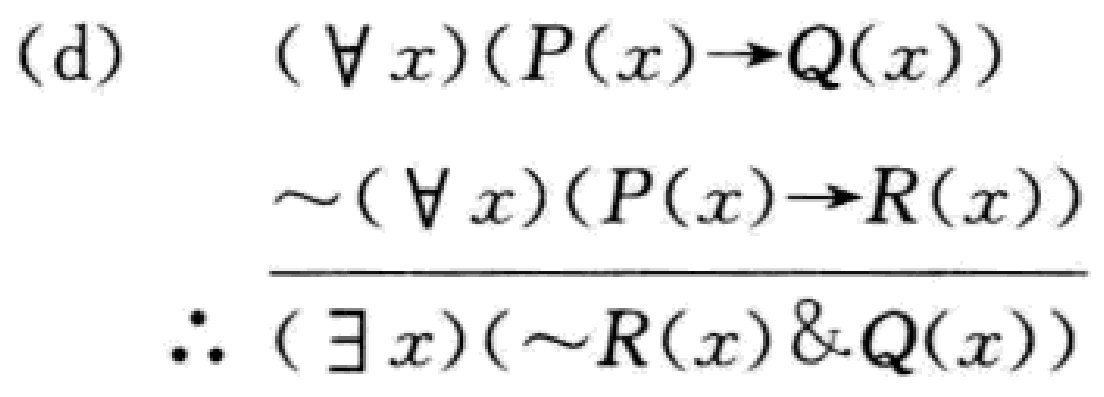
(d) \[

\begin{align*}

&(\forall x)(P(x)\to Q(x))\\

&\sim(\forall x)(P(x)\to R(x))\\

\hline

&\therefore (\exists x)(\sim R(x)\&Q(x))

\end{align*}

\]